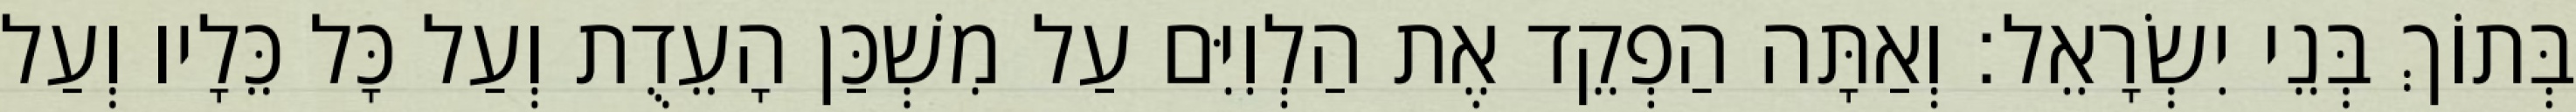
בְּתוֹךְ בְּנֵי יִשְׂרָאֵל׃ וְאַתָּה הַפְקֵד אֶת הַלְוִיִּם עַל מִשְׁכַּן הָעֵדֻת וְעַל כָּל כֵּלָיו וְעַל